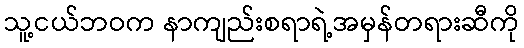
သူ့ငယ်ဘဝက နာကျည်းစရာရဲ့အမှန်တရားဆီကို